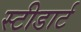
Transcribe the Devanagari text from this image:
स्टीडार्ट